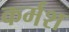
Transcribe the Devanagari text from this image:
कर्मश